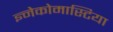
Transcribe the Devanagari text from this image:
ज्ञ्नेकोमास्टिया